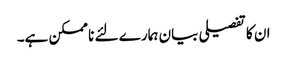
ان کا تفصیلی بیان ہمارے لئے نا ممکن ہے۔